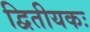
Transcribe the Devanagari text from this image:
द्वितीयकः